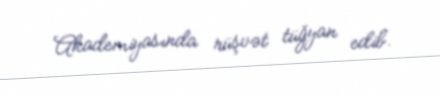
Akademiyasında rüşvət tüğyan edib.